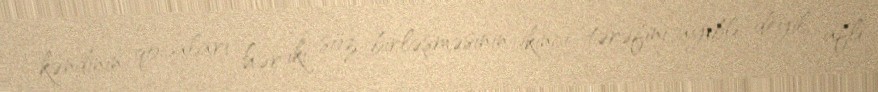
kəndinin qocaları hər iki söz birləşməsinin ikinci tərəfini ayıblı deyil, aflı